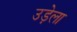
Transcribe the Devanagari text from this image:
उड़ेला